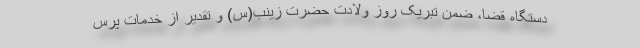
دستگاه قضا، ضمن تبریک روز ولادت حضرت زینب(س) و تقدیر از خدمات پرس